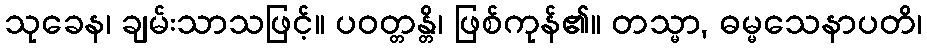
သုခေန၊ ချမ်းသာသဖြင့်။ ပဝတ္တန္တိ၊ ဖြစ်ကုန်၏။ တသ္မာ, ဓမ္မသေနာပတိ၊